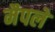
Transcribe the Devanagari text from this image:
मैपले